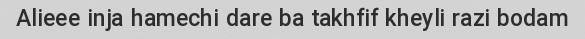
Alieee inja hamechi dare ba takhfif kheyli razi bodam